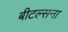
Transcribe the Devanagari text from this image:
बीटल्सना